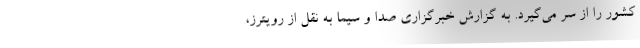
کشور را از سر می‌گیرد. به گزارش خبرگزاری صدا و سیما به نقل از رویترز،